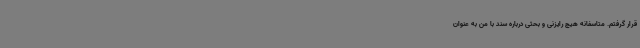
قرار گرفتم. متاسفانه هیچ رایزنی و بحثی درباره سند با من به عنوان